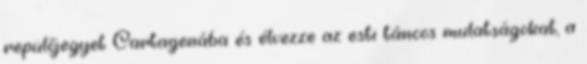
repülőjegyet Cartagenába és élvezze az esti táncos mulatságokat, a